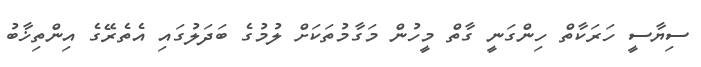
ސިޔާސީ ހަރަކާތް ހިންގަނީ ގާތް މީހުން މަގާމުތަކަށް ލުމުގެ ބަދަލުގައި އެތެރޭގެ އިންތިޚާބު